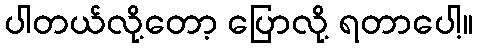
ပါတယ်လို့တော့ ပြောလို့ ရတာပေါ့။